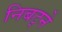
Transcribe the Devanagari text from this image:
निबट्ने